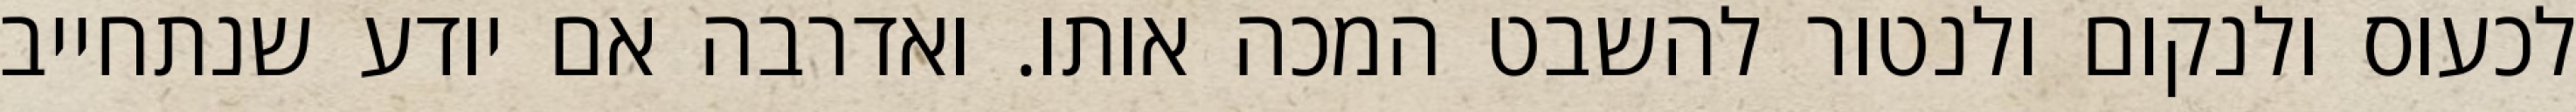
לכעוס ולנקום ולנטור להשבט המכה אותו. ואדרבה אם יודע שנתחייב